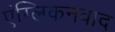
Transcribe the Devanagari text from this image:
एंग्लिकनवाद